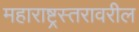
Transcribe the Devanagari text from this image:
महाराष्ट्रस्तरावरील